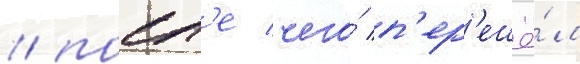
/ посл'е чего́ п'ер'ешё́л